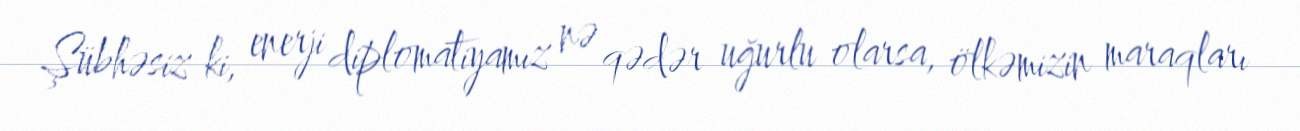
Şübhəsiz ki, enerji diplomatiyamız nə qədər uğurlu olarsa, ölkəmizin maraqları